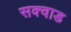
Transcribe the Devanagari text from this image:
सक्वाड